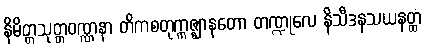
နိမိတ္တသုတ္တဝဏ္ဏနာ တိကစတုက္ကဇ္ဈာနတော တဏ္ဍုလေ နိသီဒနသယနတ္ထံ